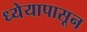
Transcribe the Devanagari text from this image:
ध्येयापासून